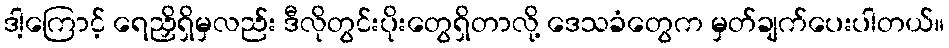
ဒါ့ကြောင့် ရေညှိရှိမှလည်း ဒီလိုတွင်းပိုးတွေရှိတာလို့ ဒေသခံတွေက မှတ်ချက်ပေးပါတယ်။